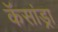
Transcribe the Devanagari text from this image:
कॅसांड्रा